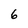
Character: 6